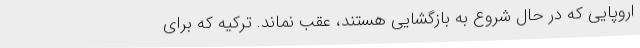
اروپایی که در حال شروع به بازگشایی هستند، عقب نماند. ترکیه که برای